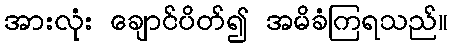
အားလုံး ချောင်ပိတ်၍ အမိခံကြရသည်။